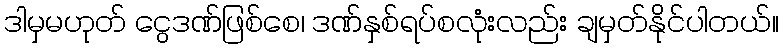
ဒါမှမဟုတ် ငွေဒဏ်ဖြစ်စေ၊ ဒဏ်နှစ်ရပ်စလုံးလည်း ချမှတ်နိုင်ပါတယ်။